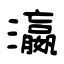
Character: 瀛